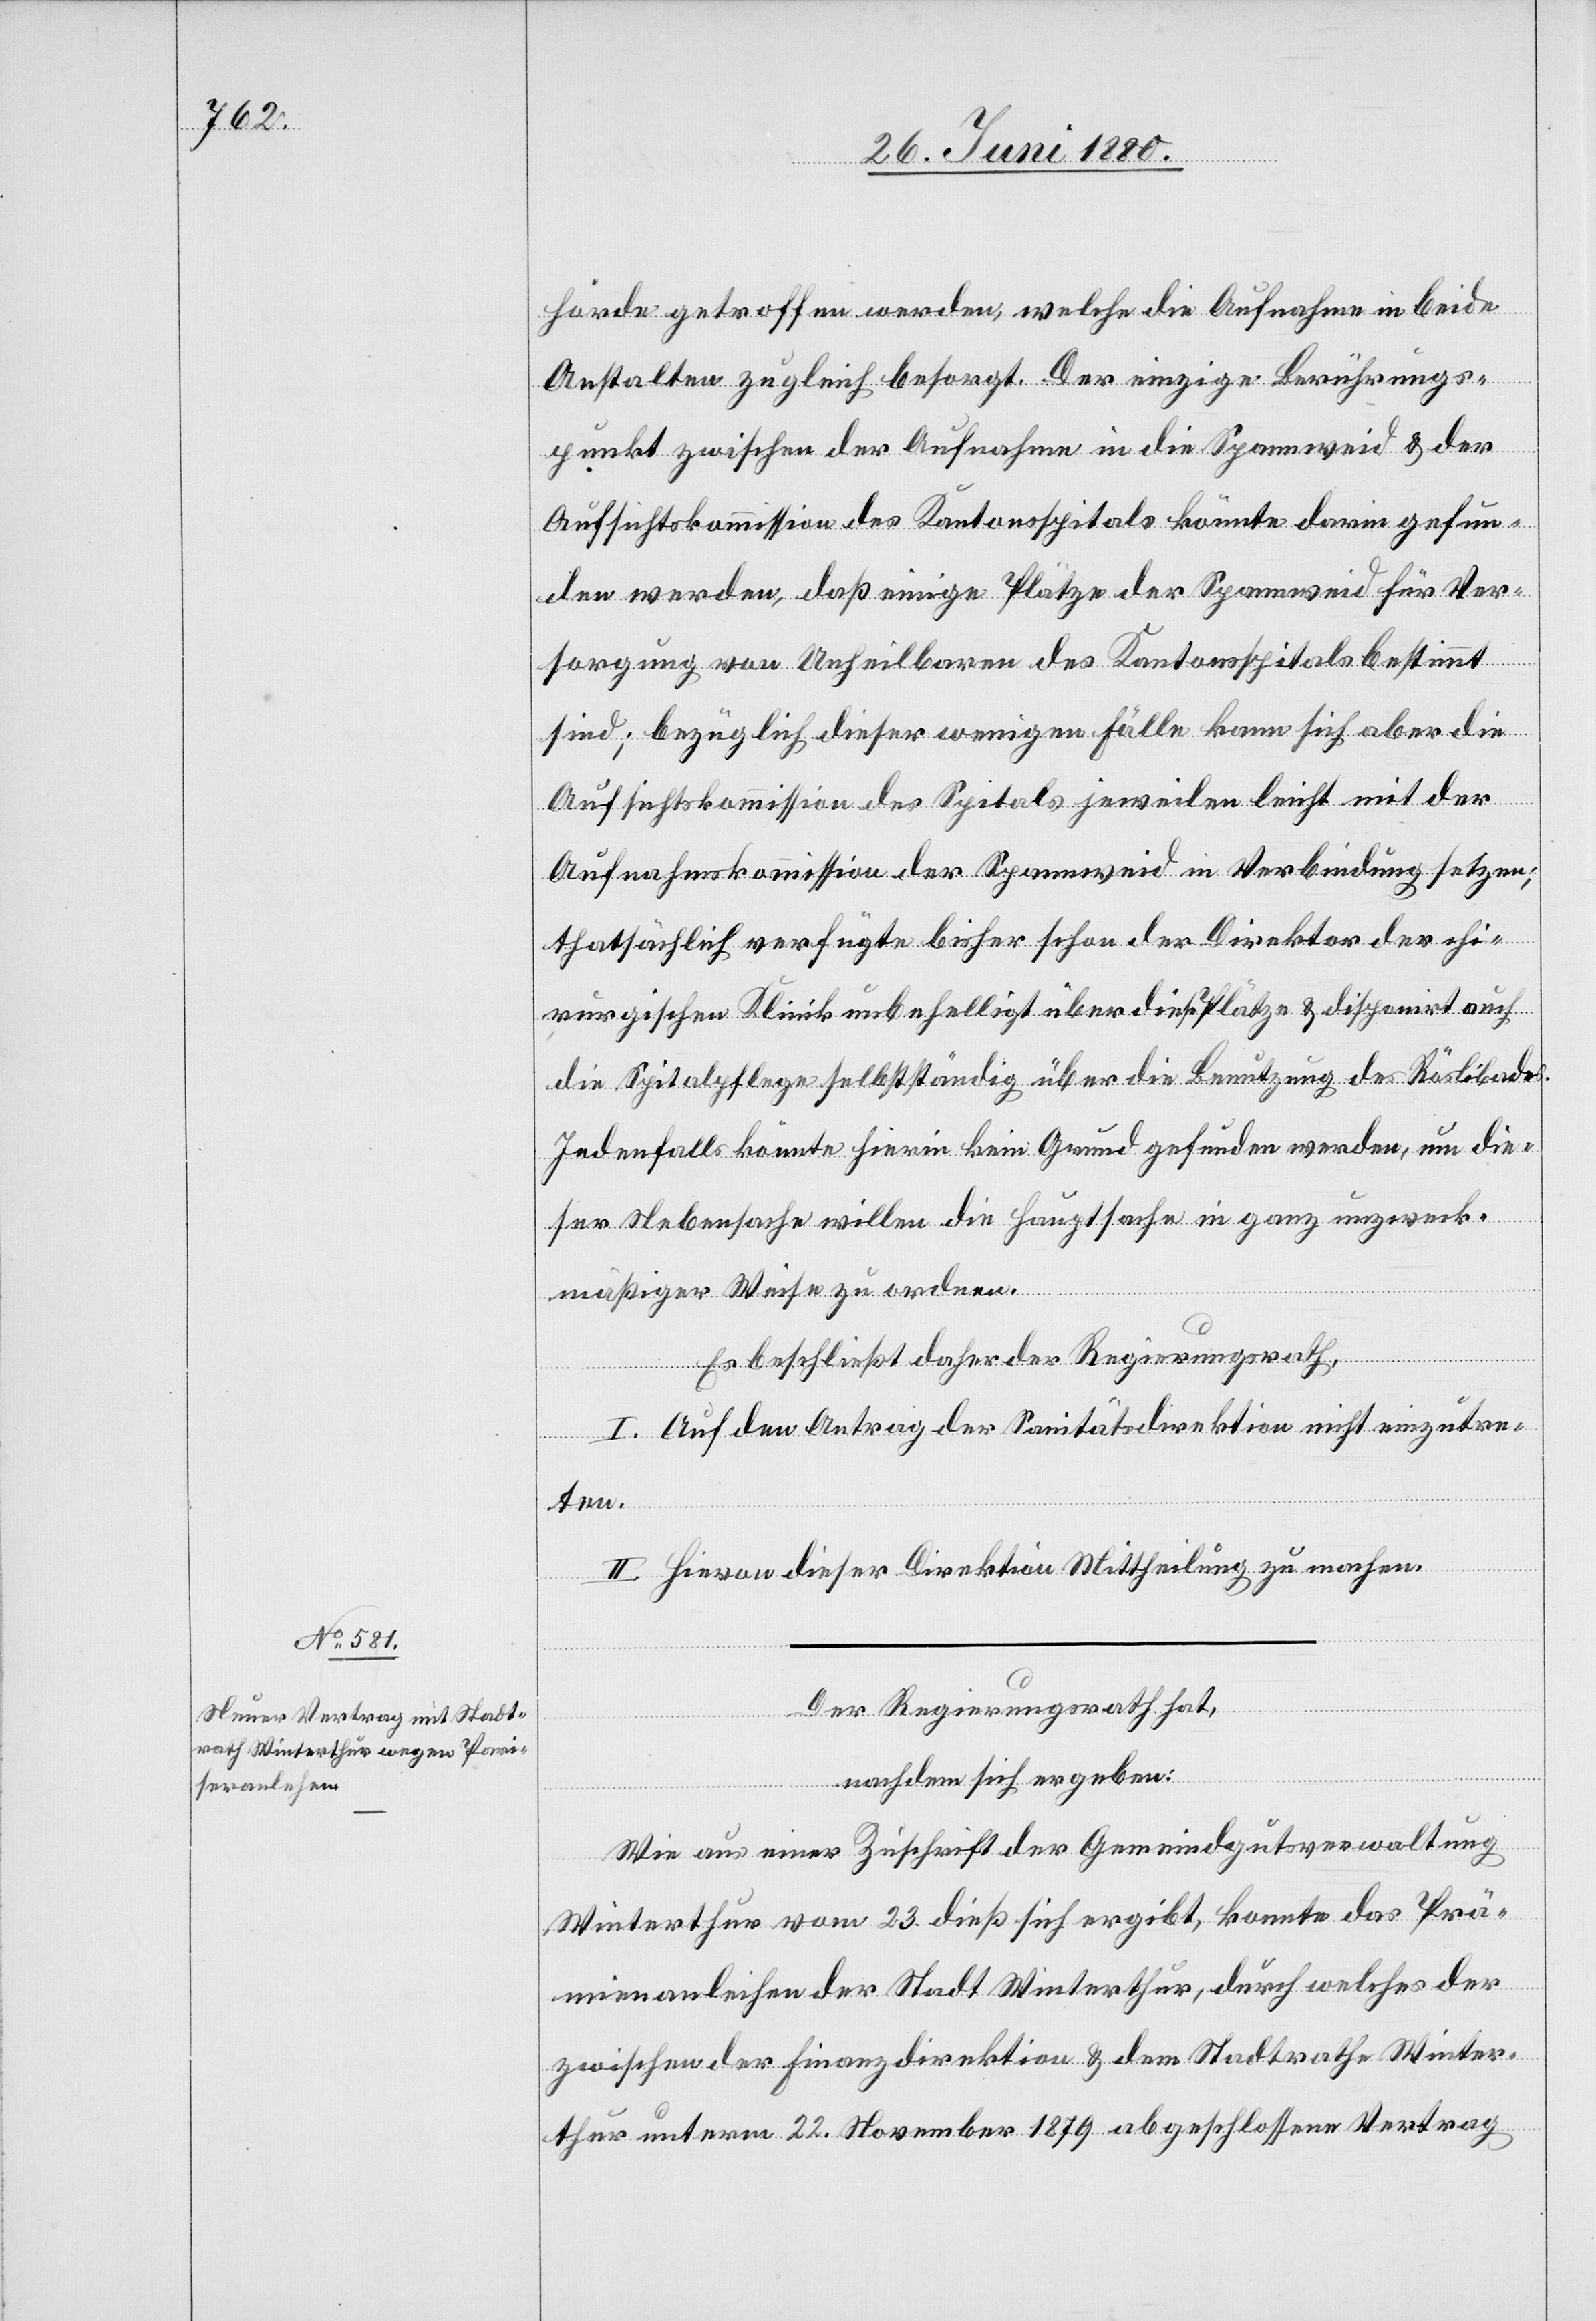
hörde getroffen werden, welche die Aufnahme in beide
Anstalten zugleich besorgt. Der einzige Berührungs¬
punkt zwischen der Aufnahme in die Spannweid & der
Aufsichtskommission des Kantonsspitals könnte darin gefun¬
den werden, daß einige Plätze der Spannweid für Ver¬
sorgung von Unheilbaren des Kantonsspitals bestimmt
sind; bezüglich dieser wenigen Fälle kann sich aber die
Aufsichtskommission des Spitals jeweilen leicht mit der
Aufnahmskommission der Spannweid in Verbindung setzen;
thatsächlich verfügte bisher schon der Direktor der chi¬
en Spitalpflege selbstständig über die Benutzung des Röslibades.
Jedenfalls könnte hierin kein Grund gefunden werden, um die¬
ser Nebensache willen die Hauptsache in ganz unzweck¬
mäßiger Weise zu ordnen.
Es beschließt der Regierungsrath,
I. Au den Antrag der Sanitätsdirektion nicht einzutre¬
ten.
II. Hievon dieser Direktion Mittheilung zu machen.
rur¬
gisch¬